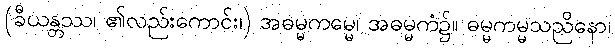
(ခီယန္တဿ၊ ၏လည်းကောင်း၊) အဓမ္မကမ္မေ၊ အဓမ္မကံ၌။ ဓမ္မကမ္မသညိနော၊